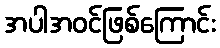
အပါအဝင်ဖြစ်ကြောင်း